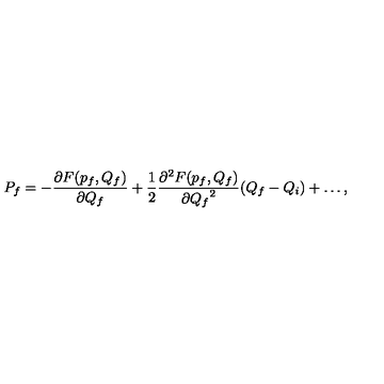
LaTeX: P _ { f } = - \frac { \partial F ( p _ { f } , Q _ { f } ) } { \partial Q _ { f } } + \frac { 1 } { 2 } \frac { \partial ^ { 2 } F ( p _ { f } , Q _ { f } ) } { \partial { Q _ { f } } ^ { 2 } } ( Q _ { f } - Q _ { i } ) + \ldots ,